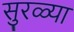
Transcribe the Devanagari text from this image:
सुरळ्या